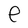
Character: e